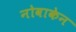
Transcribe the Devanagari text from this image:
नोवाकेन